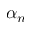
\alpha _ { n }